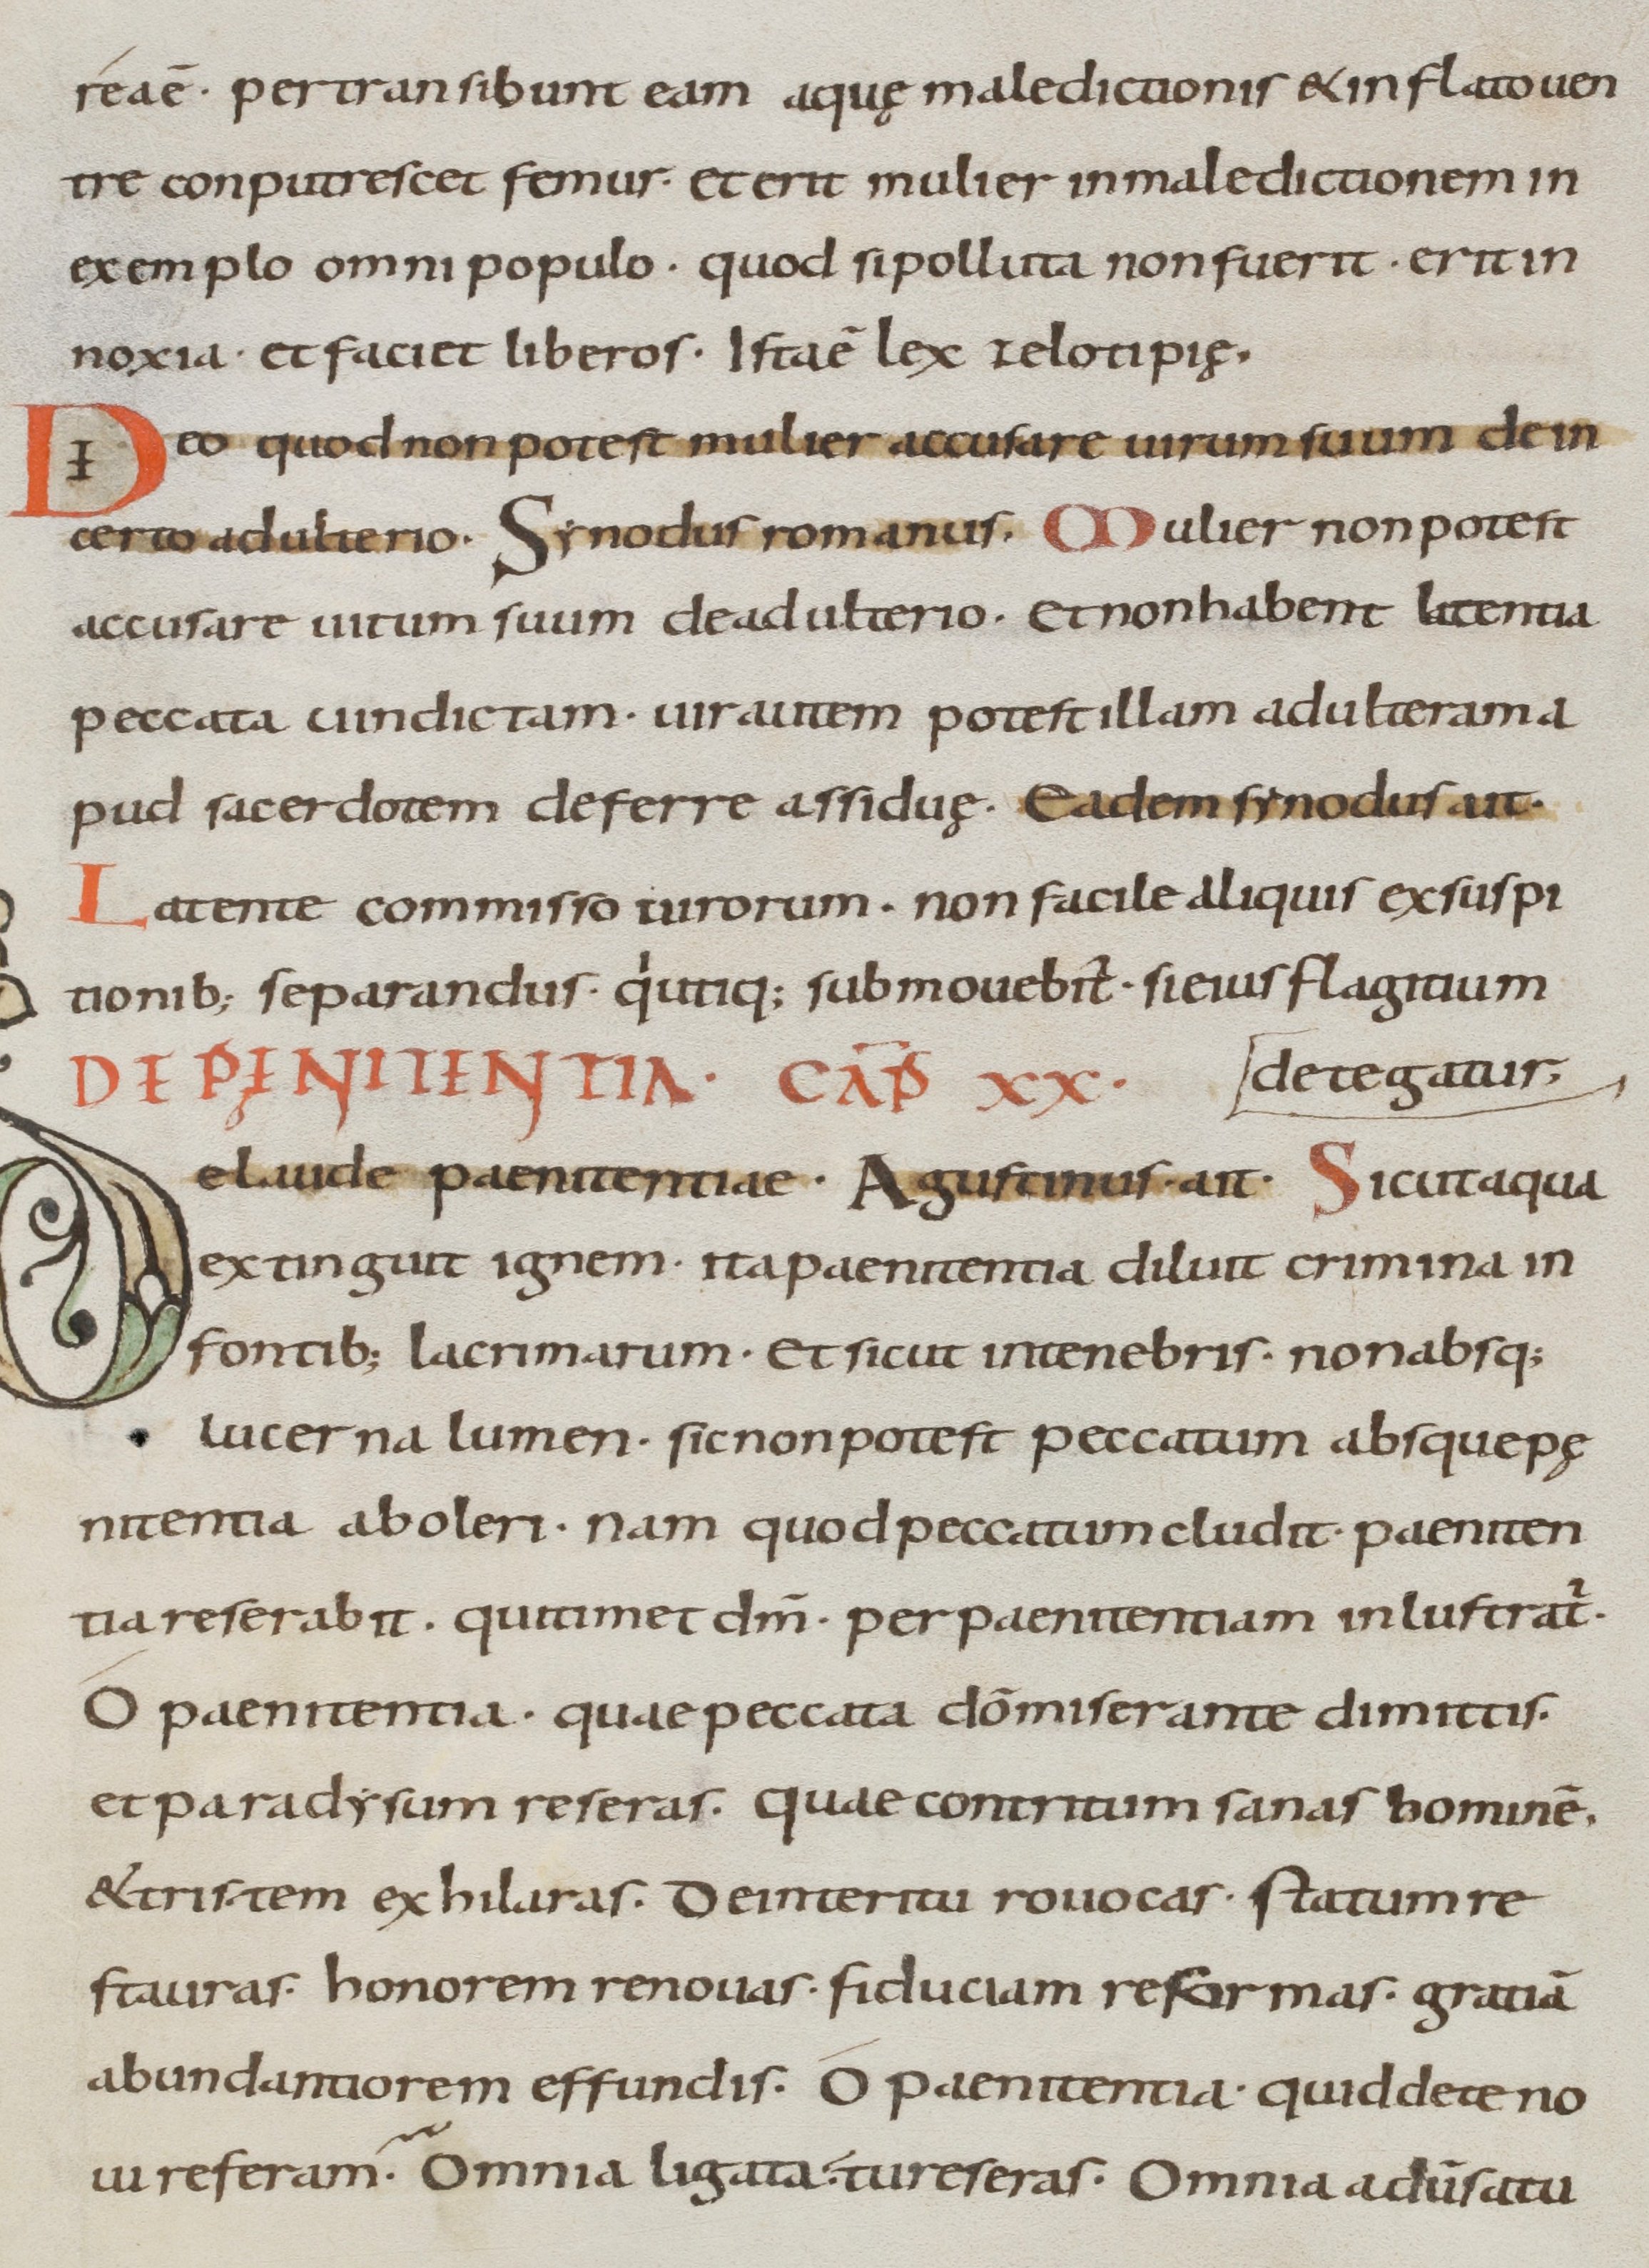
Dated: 800–899